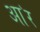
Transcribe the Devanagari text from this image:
आ॓र